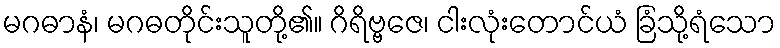
မဂဓာနံ၊ မဂဓတိုင်းသူတို့၏။ ဂိရိဗ္ဗဇေ၊ ငါးလုံးတောင်ယံ ခြံသို့ရံသော